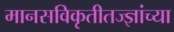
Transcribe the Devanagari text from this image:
मानसविकृतीतज्ज्ञांच्या